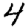
Digit: 4